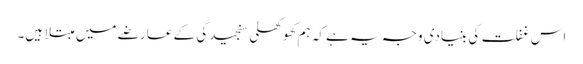
اس غفلت کی بنیادی وجہ یہ ہے کہ ہم کھوکھلی سنجیدگی کے عارضے میں مبتلا ہیں۔